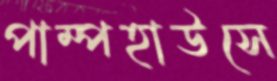
পাম্পহাউসে